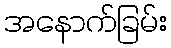
အနောက်ခြမ်း